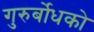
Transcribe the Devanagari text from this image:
गुरुर्बोधको